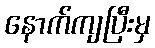
နောက်ကျပြီးမှ